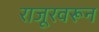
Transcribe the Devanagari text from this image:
राजूरवरून